Juvenile offences, 1941
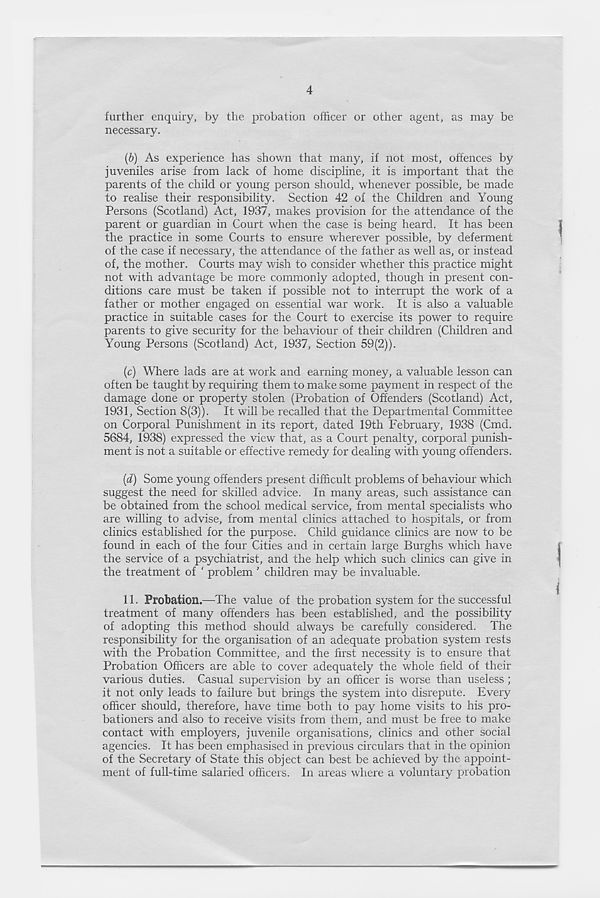
4
further enquiry, by the probation officer or other agent, as may be
necessary.
(b) As experience has shown that many, if not most, offences by
juveniles arise from lack of home discipline, it is important that the
parents of the child or young person should, whenever possible, be made
to realise their responsibility. Section 42 of the Children and Young
Persons (Scotland) Act, 1937, makes provision for the attendance of the
parent or guardian in Court when the case is being heard. It has been
the practice in some Courts to ensure wherever possible, by deferment
of the case if necessary, the attendance of the father as well as, or instead
of, the mother. Courts may wish to consider whether this practice might
not with advantage be more commonly adopted, though in present con-
ditions care must be taken if possible not to interrupt the work of a
father or mother engaged on essential war work. It is also a valuable
practice in suitable cases for the Court to exercise its power to require
parents to give security for the behaviour of their children (Children and
Young Persons (Scotland) Act, 1937, Section 59(2)).
(c) Where lads are at work and earning money, a valuable lesson can
often be taught by requiring them to make some payment in respect of the
damage done or property stolen (Probation of Offenders (Scotland) Act,
1931, Section 8(3)). It will be recalled that the Departmental Committee
on Corporal Punishment in its report, dated 19th February, 1938 (Cmd.
5684, 1938) expressed the view that, as a Court penalty, corporal punish-
ment is not a suitable or effective remedy for dealing with young offenders.
(d) Some young offenders present difficult problems of behaviour which
suggest the need for skilled advice. In many areas, such assistance can
be obtained from the school medical service, from mental specialists who
are willing to advise, from mental clinics attached to hospitals, or from
clinics established for the purpose. Child guidance clinics are now to be
found in each of the four Cities and in certain large Burghs which have
the service of a psychiatrist, and the help which such clinics can give in
the treatment of ‘ problem ’ children may be invaluable.
11. Probation.—The value of the probation system for the successful
treatment of many offenders has been established, and the possibility
of adopting this method should always be carefully considered. The
responsibility for the organisation of an adequate probation system rests
with the Probation Committee, and the first necessity is to ensure that
Probation Officers are able to cover adequately the whole field of their
various duties. Casual supervision by an officer is worse than useless ;
it not only leads to failure but brings the system into disrepute. Every
officer should, therefore, have time both to pay home visits to his pro-
bationers and also to receive visits from them, and must be free to make
contact with employers, juvenile organisations, clinics and other social
agencies. It has been emphasised in previous circulars that in the opinion
of the Secretary of State this object can best be achieved by the appoint-
ment of full-time salaried officers. In areas where a voluntary probation